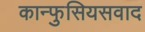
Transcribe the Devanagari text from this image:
कान्फुसियसवाद